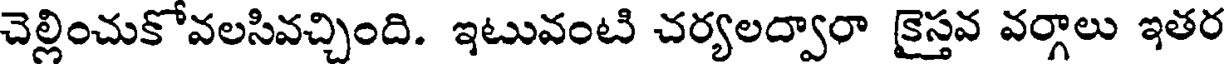
చెల్లించుకోవలసివచ్చింది. ఇటువంటి చర్యలద్వారా క్రైస్తవ వర్గాలు ఇతర